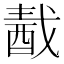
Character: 𨠾